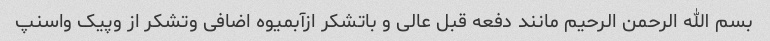
بسم الله الرحمن الرحیم مانند دفعه قبل عالی و باتشکر ازآبمیوه اضافی وتشکر از وپیک واسنپ